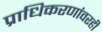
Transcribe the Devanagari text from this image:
प्राधिकरणांवरही